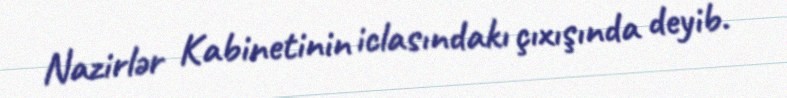
Nazirlər Kabinetinin iclasındakı çıxışında deyib.